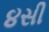
૪સી